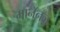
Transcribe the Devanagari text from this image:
मानॅनज़